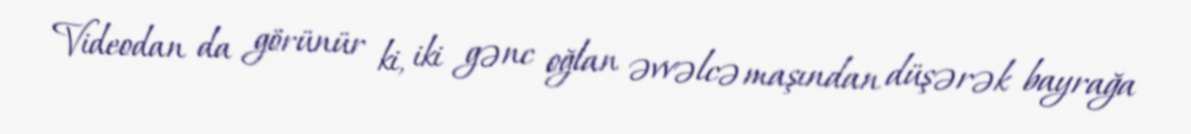
Videodan da görünür ki, iki gənc oğlan əvvəlcə maşından düşərək bayrağa